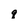
Character: q